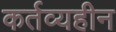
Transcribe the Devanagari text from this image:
कर्तव्यहीन